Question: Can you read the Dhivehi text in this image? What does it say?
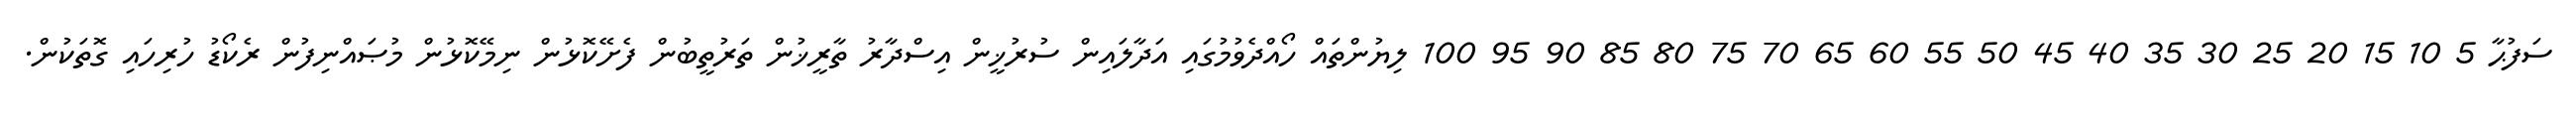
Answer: ސަފުޙާ 5 10 15 20 25 30 35 40 45 50 55 60 65 70 75 80 85 90 95 100 ލިޔުންތައް ހޯއްދެވުމުގައި އަދާލައިން ސުރުޚީން އިސްދާރު ތާރީޚުން ތަރުތީބުން ފެށޭކޮޅުން ނިމޭކޮޅުން މުޞައްނިފުން ރެކޯޑު ހުރިހައި ގޮތަކުން.